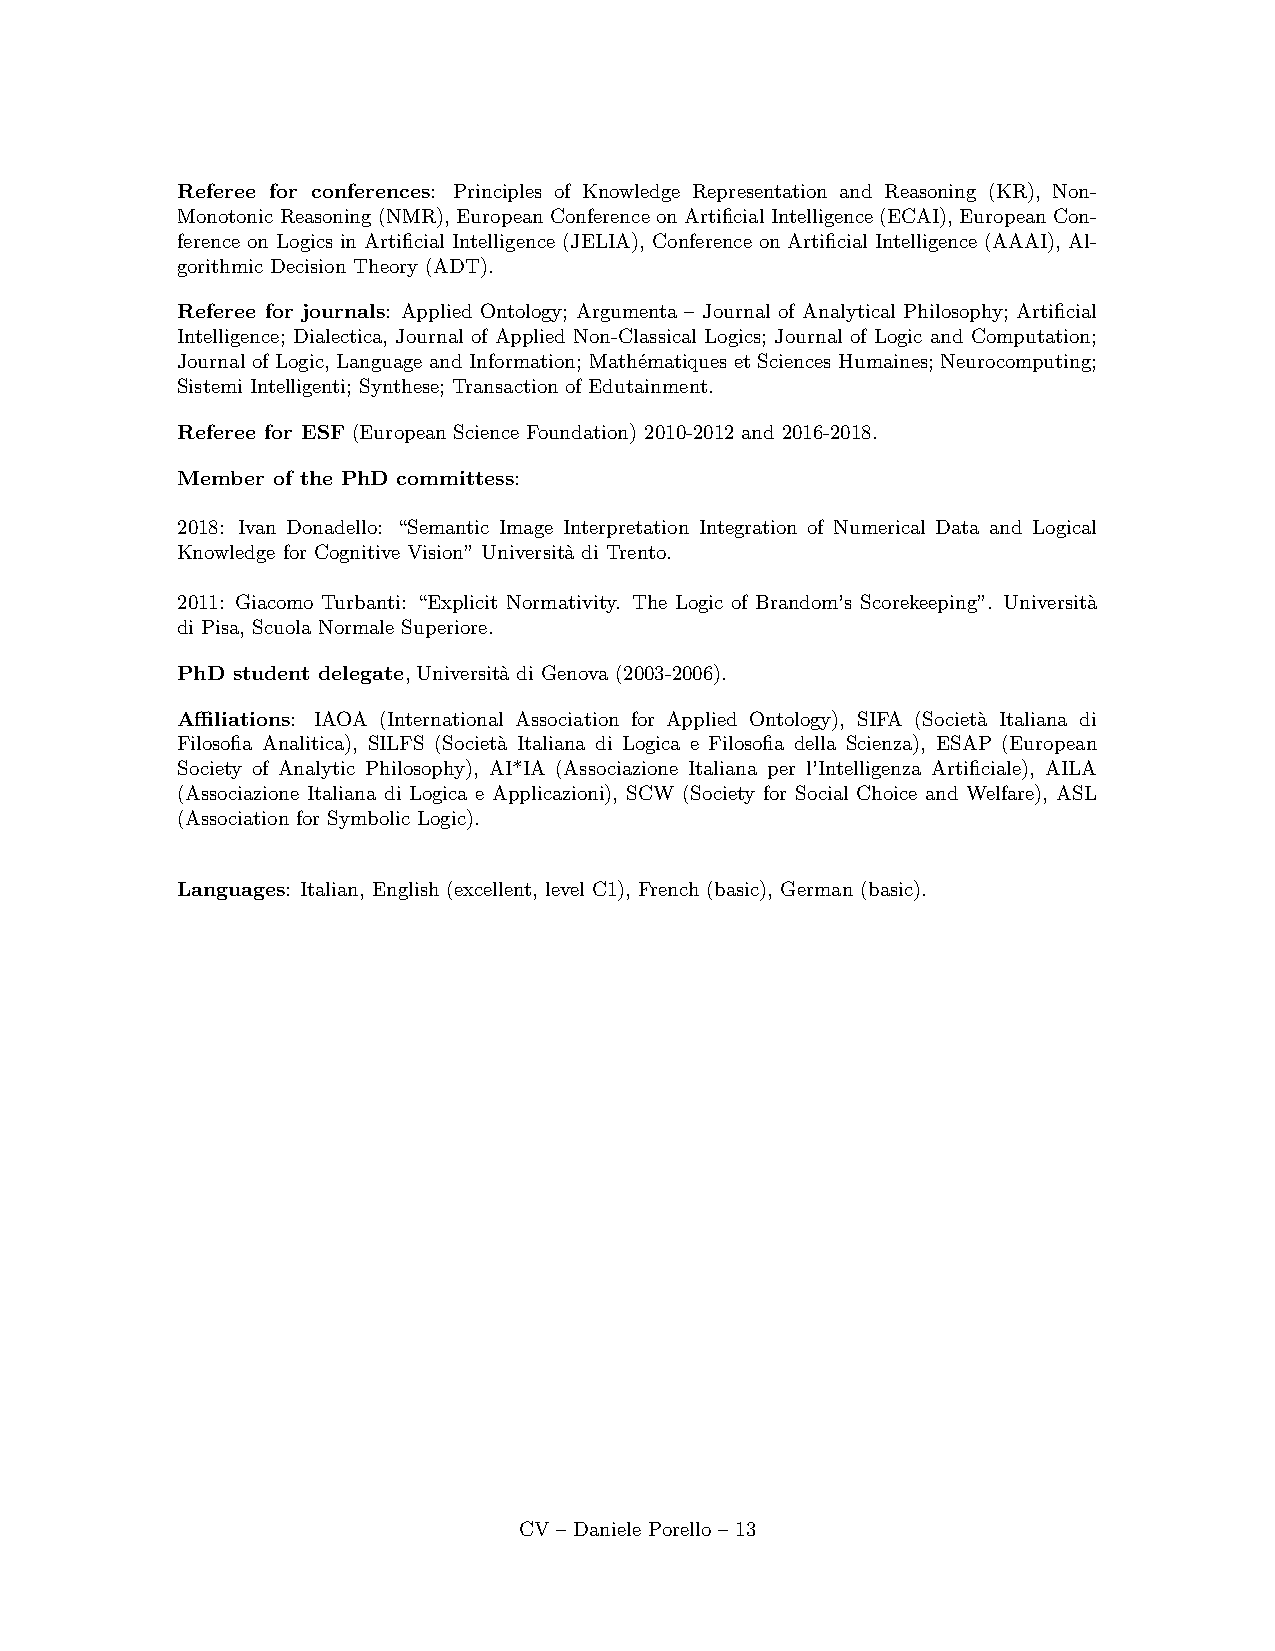
Referee for conferences: Principles of Knowledge Representation and Reasoning (KR), Non-
 Monotonic Reasoning (NMR), European Conference on Artificial Intelligence (ECAI), European Con-
 ference on Logics in Artificial Intelligence (JELIA), Conference on Artificial Intelligence (AAAI), Al-
 gorithmic Decision Theory (ADT).
 Referee for journals: Applied Ontology; Argumenta – Journal of Analytical Philosophy; Artificial
 Intelligence; Dialectica, Journal of Applied Non-Classical Logics; Journal of Logic and Computation;
 Journal of Logic, Language and Information; Math´ematiques et Sciences Humaines; Neurocomputing;
 Sistemi Intelligenti; Synthese; Transaction of Edutainment.
 Referee for ESF (European Science Foundation) 2010-2012 and 2016-2018.
 Member of the PhD committess:
 2018: Ivan Donadello: “Semantic Image Interpretation Integration of Numerical Data and Logical
 Knowledge for Cognitive Vision” Universit`a di Trento.
 2011: Giacomo Turbanti: “Explicit Normativity. The Logic of Brandom’s Scorekeeping”. Universit`a
 di Pisa, Scuola Normale Superiore.
 PhD student delegate, Universit`a di Genova (2003-2006).
 Affiliations: IAOA (International Association for Applied Ontology), SIFA (Societ`a Italiana di
 Filosofia Analitica), SILFS (Societ`a Italiana di Logica e Filosofia della Scienza), ESAP (European
 Society of Analytic Philosophy), AI*IA (Associazione Italiana per l’Intelligenza Artificiale), AILA
 (Associazione Italiana di Logica e Applicazioni), SCW (Society for Social Choice and Welfare), ASL
 (Association for Symbolic Logic).
 Languages: Italian, English (excellent, level C1), French (basic), German (basic).
 CV – Daniele Porello – 13